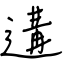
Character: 遘